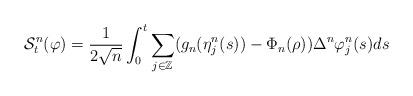
LaTeX: \begin{align*}\mathcal{S}^n_t (\varphi ) = \frac{1}{ 2\sqrt{n} } \int_0^t \sum_{ j \in \mathbb{Z} } ( g_n ( \eta^n_j (s ) ) - \Phi_n (\rho) ) \Delta^n \varphi^n_j (s) ds \end{align*}